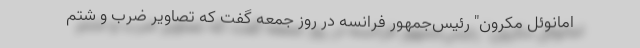
امانوئل مکرون" رئیس‌جمهور فرانسه در روز جمعه گفت که تصاویر ضرب و شتم